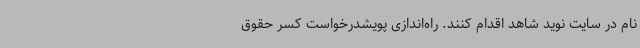
نام در سایت نوید شاهد اقدام کنند. راه‌اندازی پویشدرخواست کسر حقوق